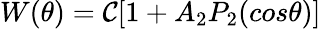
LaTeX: W(\theta)=\mathcal{C}[1+A_{2}P_{2}(cos\theta)]